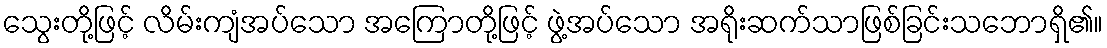
သွေးတို့ဖြင့် လိမ်းကျံအပ်သော အကြောတို့ဖြင့် ဖွဲ့အပ်သော အရိုးဆက်သာဖြစ်ခြင်းသဘောရှိ၏။